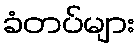
ခံတပ်များ